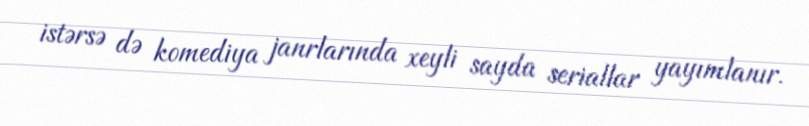
istərsə də komediya janrlarında xeyli sayda seriallar yayımlanır.